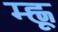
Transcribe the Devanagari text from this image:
म्ह्णू